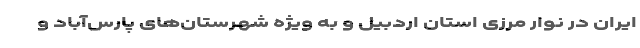
ایران در نوار مرزی استان اردبیل و به ویژه شهرستان‌های پارس‌آباد و